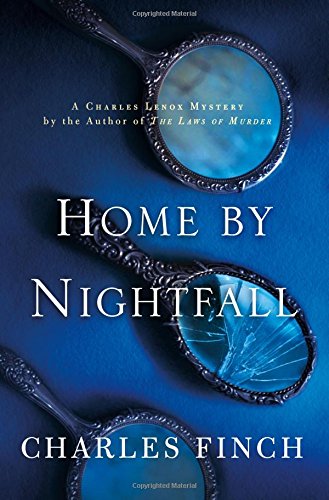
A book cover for Home by Nightfall: A Charles Lenox Mystery (Charles Lenox Mysteries); Charles Finch; Mystery, Thriller & Suspense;